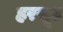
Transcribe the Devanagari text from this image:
हरसूट